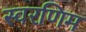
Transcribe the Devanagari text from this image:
स्वरणिम